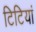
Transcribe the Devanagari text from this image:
टिटियां